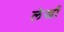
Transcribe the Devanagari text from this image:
लेखौं